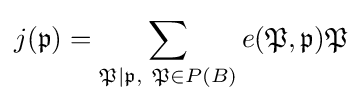
j({\mathfrak {p}})=\sum _{{\mathfrak {P}}|{\mathfrak {p}},\ {\mathfrak {P}}\in P(B)}e({\mathfrak {P}},{\mathfrak {p}}){\mathfrak {P}}